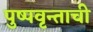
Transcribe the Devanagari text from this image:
पुष्पवृन्ताची